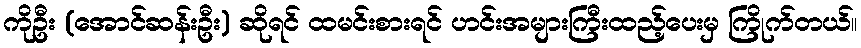
ကိုဦး (အောင်ဆန်းဦး) ဆိုရင် ထမင်းစားရင် ဟင်းအများကြီးထည့်ပေးမှ ကြိုက်တယ်။